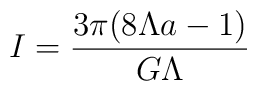
I=\frac{3\pi(8\Lambda a-1)}{G\Lambda}